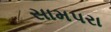
સામપરા